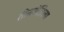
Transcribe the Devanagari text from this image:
तीनमंजिला